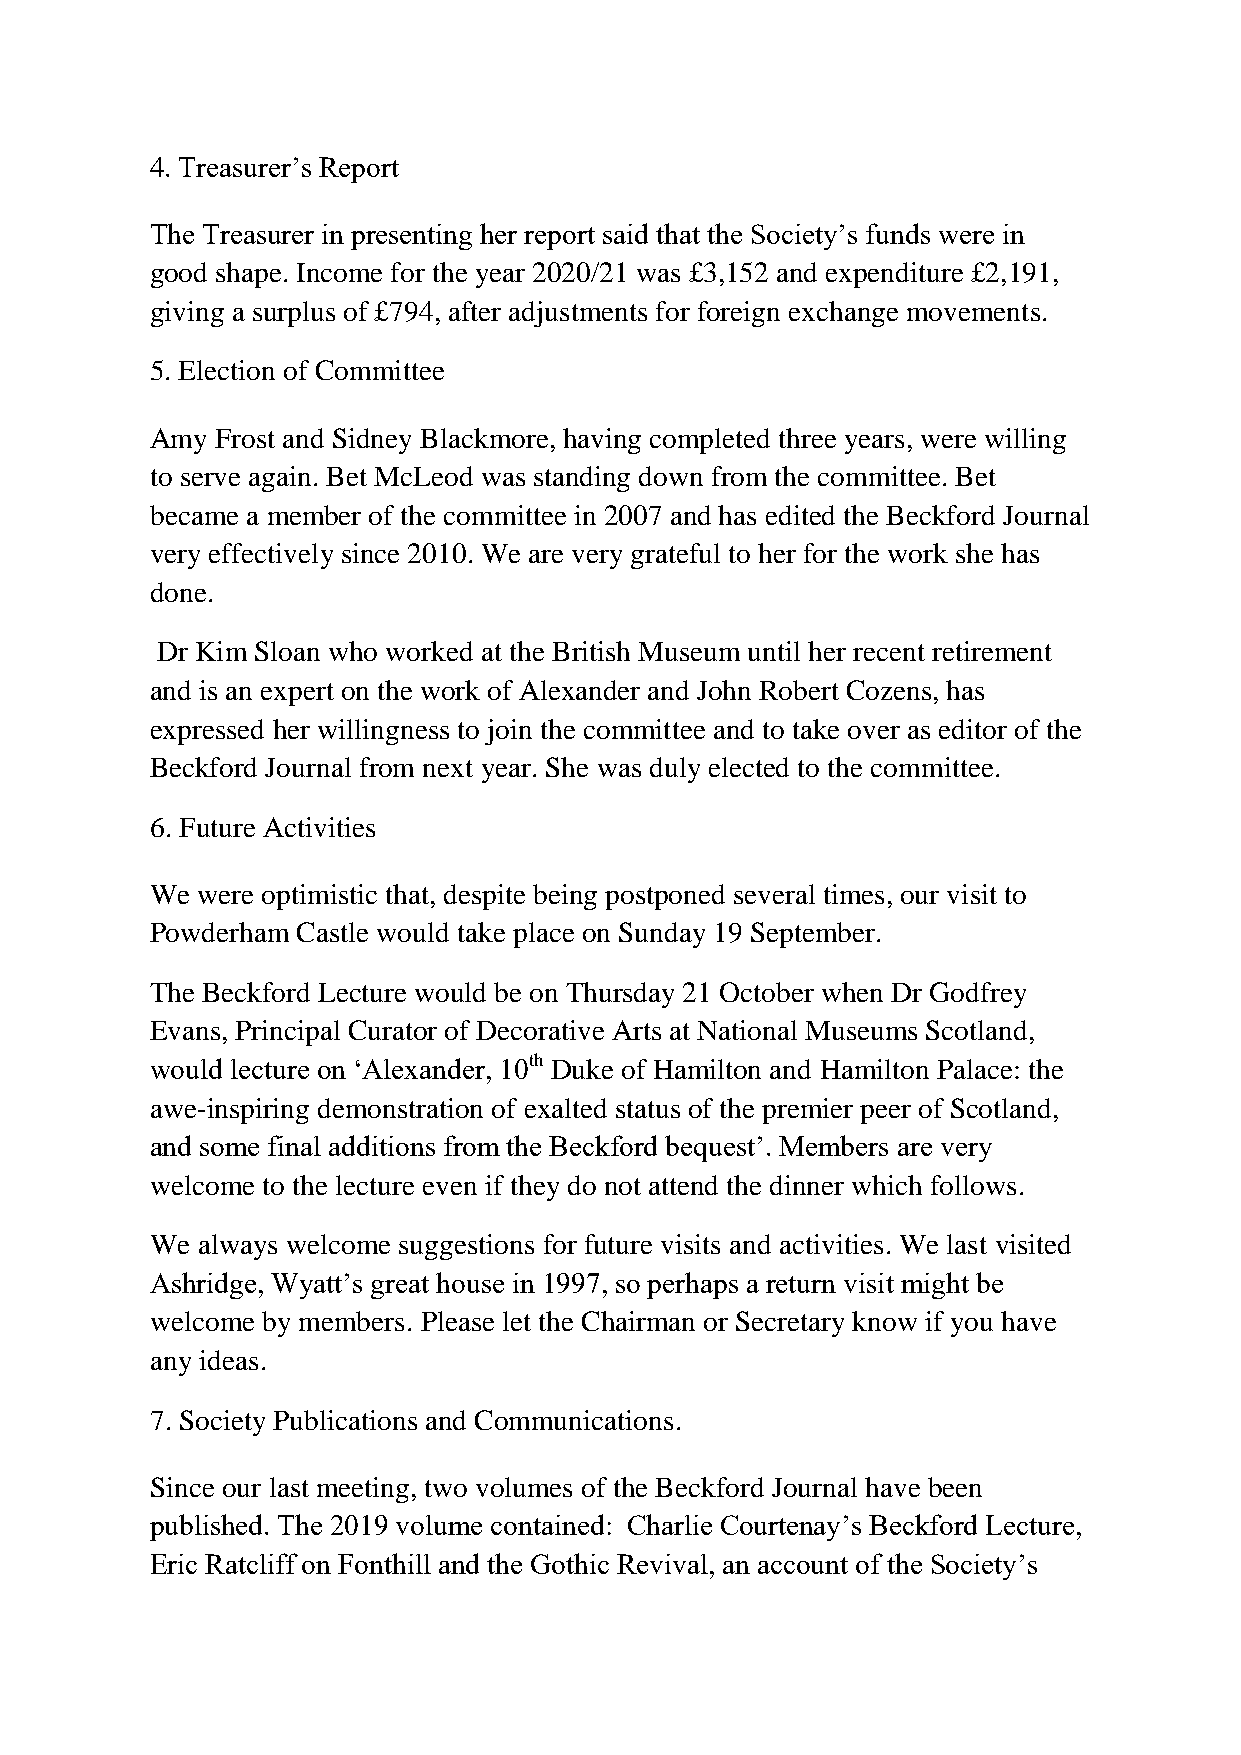
4. Treasurer’s Report
 The Treasurer in presenting her report said that the Society’s funds were in
 good shape. Income for the year 2020/21 was £3,152 and expenditure £2,191,
 giving a surplus of £794, after adjustments for foreign exchange movements.
 5. Election of Committee
 Amy Frost and Sidney Blackmore, having completed three years, were willing
 to serve again. Bet McLeod was standing down from the committee. Bet
 became a member of the committee in 2007 and has edited the Beckford Journal
 very effectively since 2010. We are very grateful to her for the work she has
 done.
 Dr Kim Sloan who worked at the British Museum until her recent retirement
 and is an expert on the work of Alexander and John Robert Cozens, has
 expressed her willingness to join the committee and to take over as editor of the
 Beckford Journal from next year. She was duly elected to the committee.
 6. Future Activities
 We were optimistic that, despite being postponed several times, our visit to
 Powderham Castle would take place on Sunday 19 September.
 The Beckford Lecture would be on Thursday 21 October when Dr Godfrey
 Evans, Principal Curator of Decorative Arts at National Museums Scotland,
 would lecture on ‘Alexander, 10th Duke of Hamilton and Hamilton Palace: the
 awe-inspiring demonstration of exalted status of the premier peer of Scotland,
 and some final additions from the Beckford bequest’. Members are very
 welcome to the lecture even if they do not attend the dinner which follows.
 We always welcome suggestions for future visits and activities. We last visited
 Ashridge, Wyatt’s great house in 1997, so perhaps a return visit might be
 welcome by members. Please let the Chairman or Secretary know if you have
 any ideas.
 7. Society Publications and Communications.
 Since our last meeting, two volumes of the Beckford Journal have been
 published. The 2019 volume contained: Charlie Courtenay’s Beckford Lecture,
 Eric Ratcliff on Fonthill and the Gothic Revival, an account of the Society’s